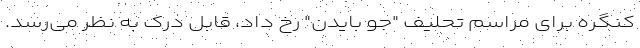
کنگره برای مراسم تحلیف "جو بایدن" رخ داد، قابل درک به نظر می‌رسد.